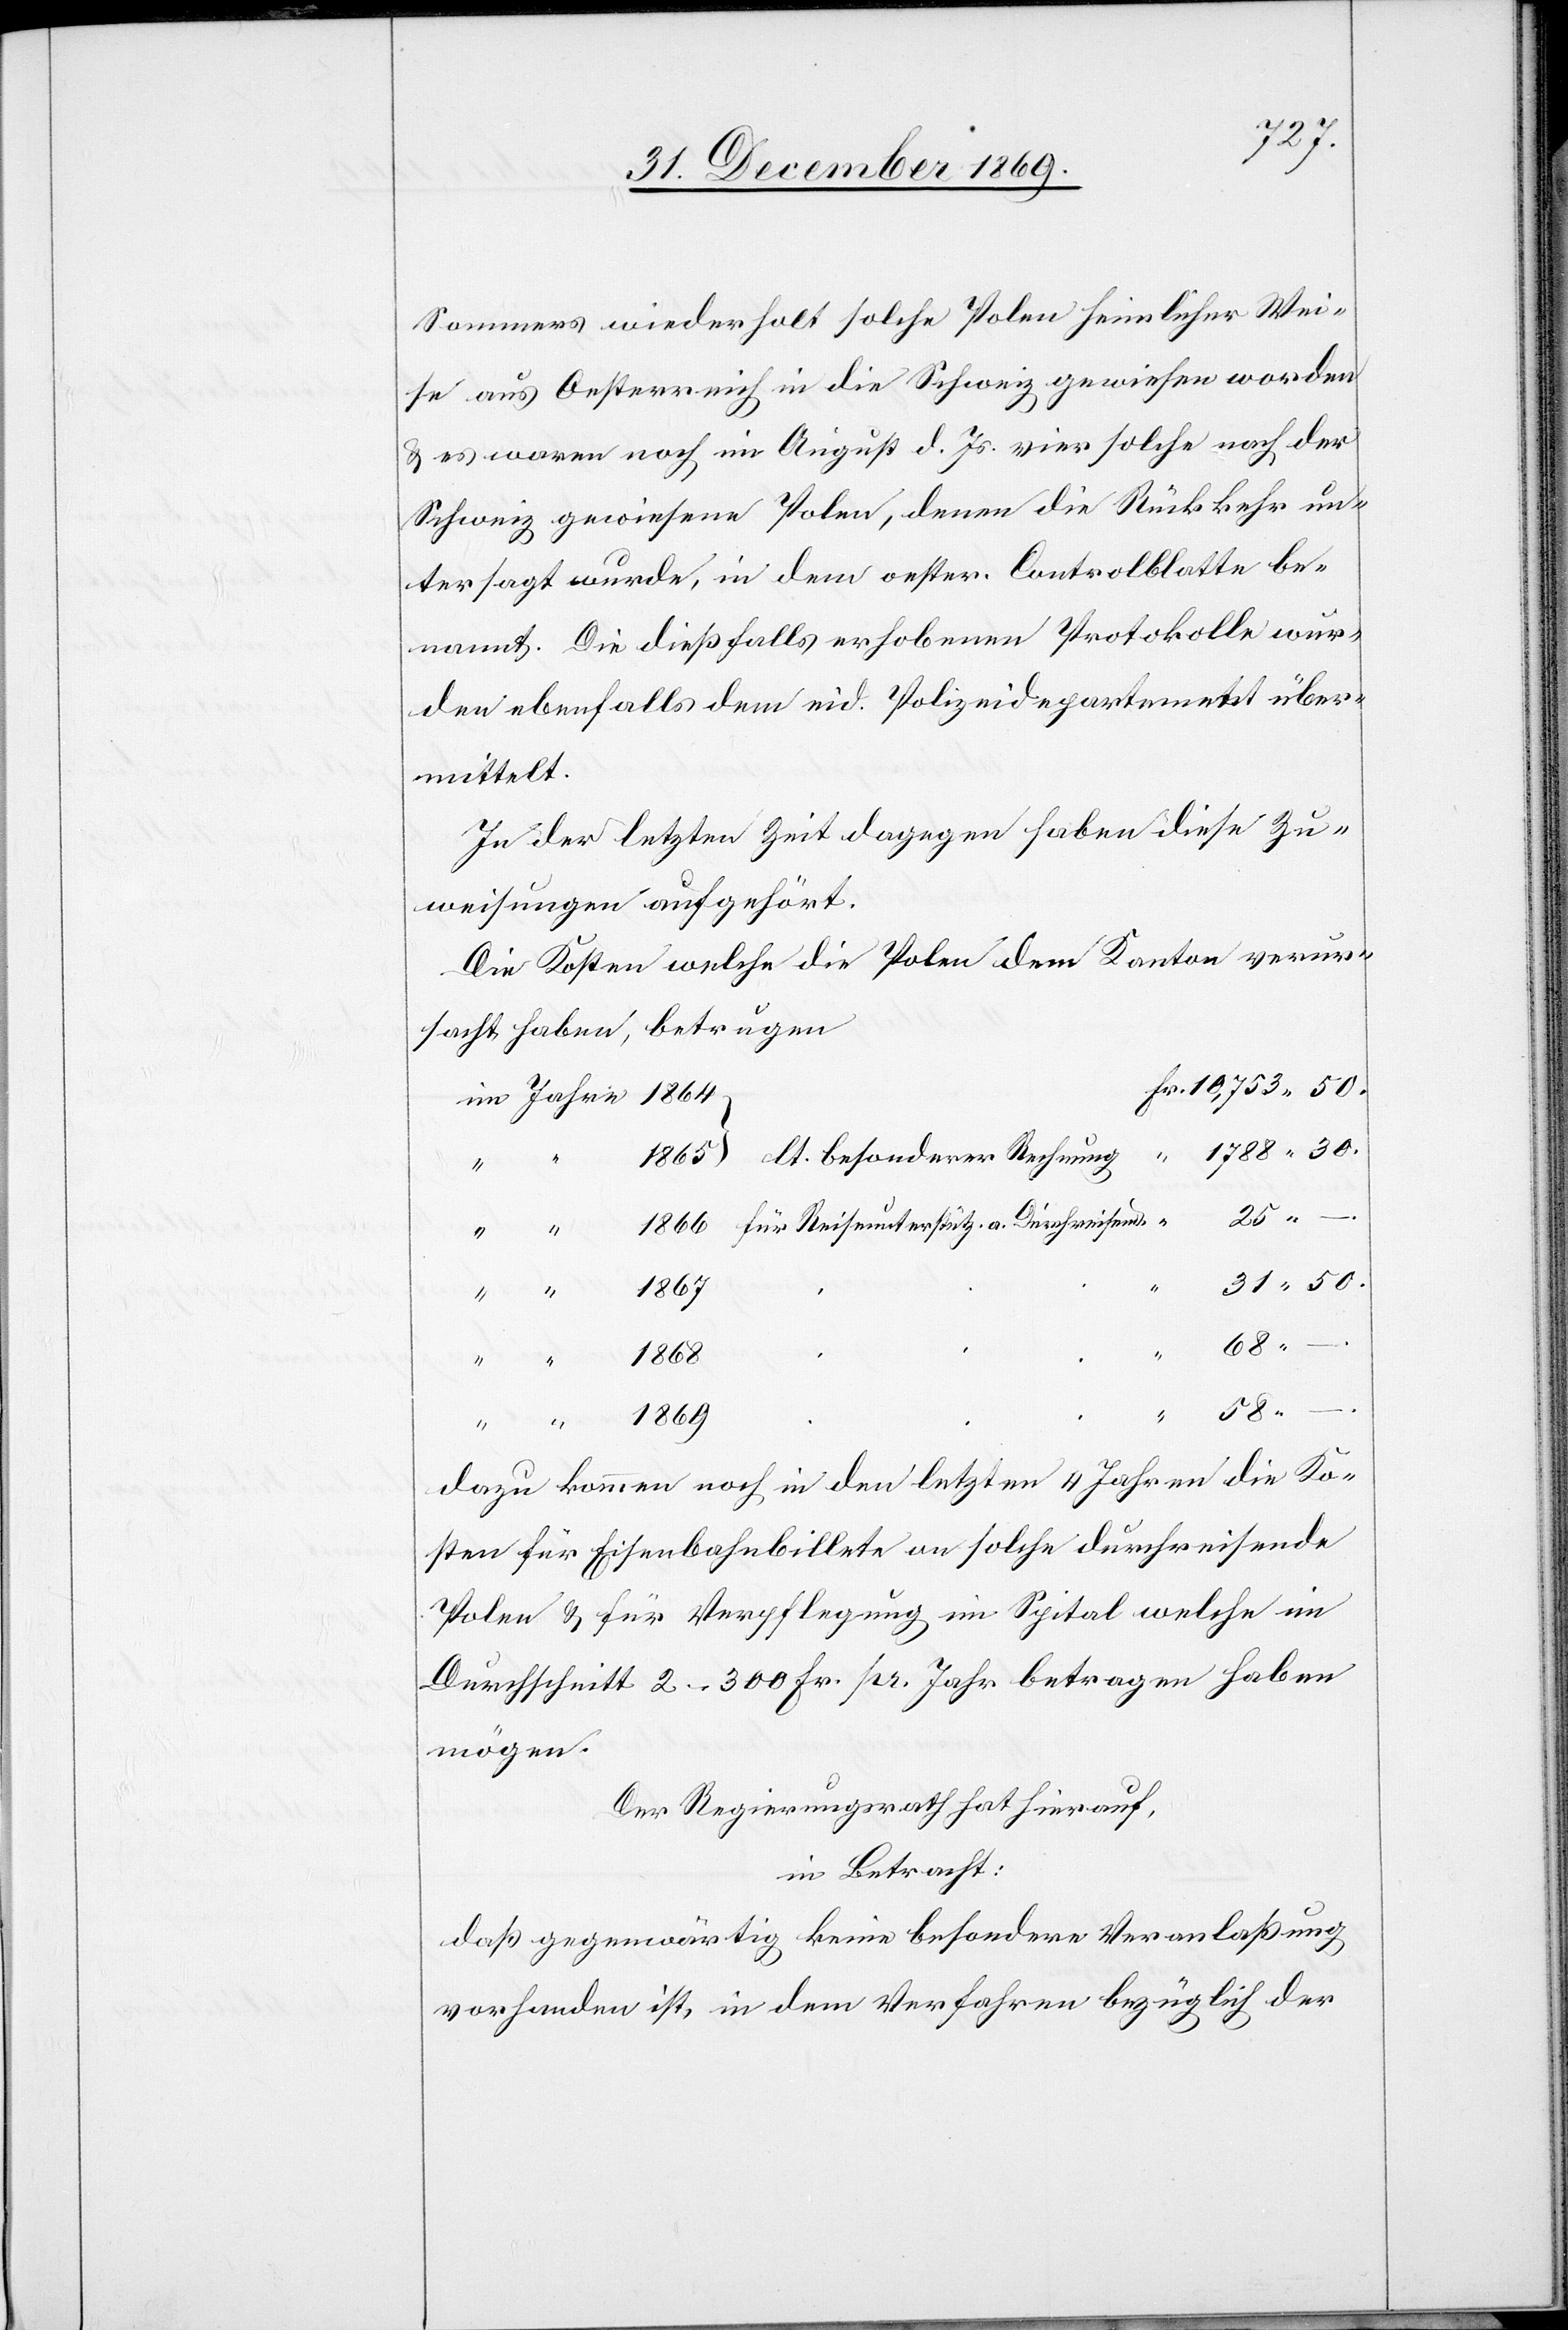
Sommers wiederholt solche Polen heimlicher Wei¬
se aus Oesterreich in die Schweiz gewiesen worden
& es waren noch im August d. Js. vier solche nach der
Schweiz gewiesene Polen, denen die Rückkehr un¬
tersagt wurde, in dem oester. Controlblatte be¬
nannt. Die dießfalls erhobenen Protokolle wur¬
den ebenfalls dem eid. Polizeidepartement über¬
mittelt.
In der letzten Zeit dagegen haben diese Zu¬
weisungen aufgehört.
Die Kosten welche die Polen dem Kanton verur¬
sacht haben, betrugen
Fr. 10,753 50.
im Jahre 1864
1788 30.
25 –
Durchreisende
31 50.
1867
68 –
1869
“
58
dazu kommen noch in den letzten 4 Jahren die Ko¬
sten für Eisenbahnbillete an solche durchreisende
Polen & für Verpflegung im Spital welche im
Durchschnitt 2–300 Fr. pr. Jahr betragen haben
mögen.
Der Regierungsrath hat hierauf,
in Betracht:
daß gegenwärtig keine besondere Veranlaßung
vorhanden ist, in dem Verfahren bezüglich der